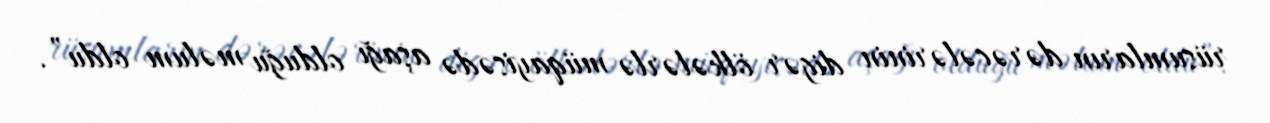
rüsumların dərəcələrinin digər ölkələrlə müqayisədə aşağı olduğu məlum oldu”.